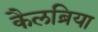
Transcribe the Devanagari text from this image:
कैलब्रिया